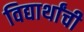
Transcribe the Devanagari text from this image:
विद्यार्थांची